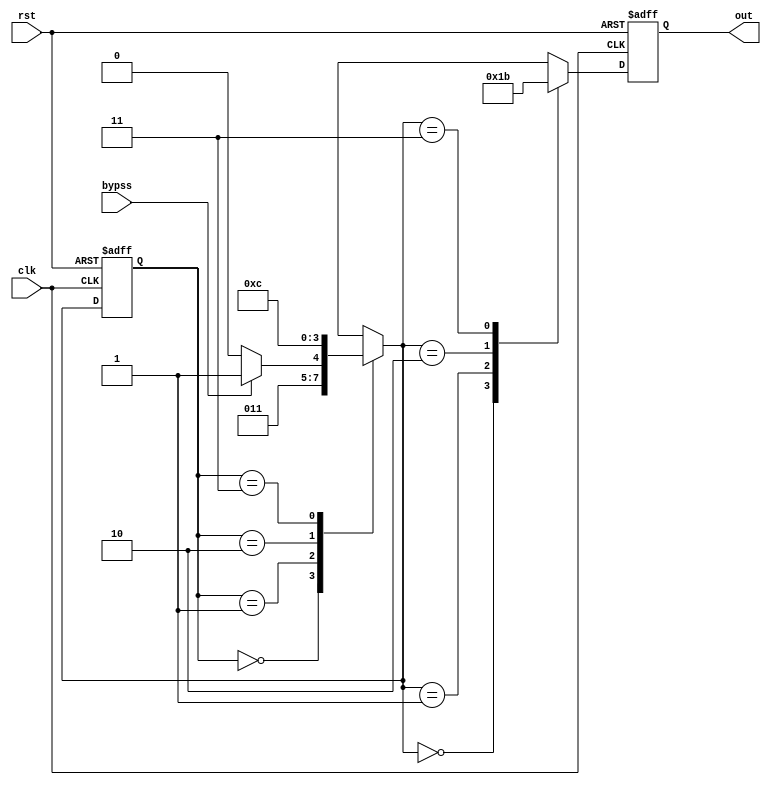
module fsm(clk, rst, bypss, out);
	input clk, rst;
	input bypss;
	output reg [1:0] out;
	parameter ST0 = 2'b00, ST1 = 2'b01, ST2 = 2'b10, ST3 = 2'b11;
	
	reg [1:0] state, next;
	
	always @(posedge clk or negedge rst) begin
		// state register block
		if(!rst) state <= ST0;
		else		state <= next;
	end
	
	always @(state or bypss) begin
		// next state logic block
		case(state)
			ST0:  next = ST1;
			ST1:	if(bypss == 1)	next = ST3;
					else	next = ST2;
			ST2:	next = ST3;
			ST3:	next = ST0;
		endcase
	end
	
	always @(posedge clk or negedge rst) begin
			// output logic block
			if(!rst) out <= 2'b00;
			else begin
				case(next)
					ST0: out <= 2'b00;
					ST1: out <= 2'b01;
					ST2: out <= 2'b10;
					ST3: out <= 2'b11;
				endcase
			end
	end
endmodule